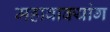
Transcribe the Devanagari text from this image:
महावाक्यांग